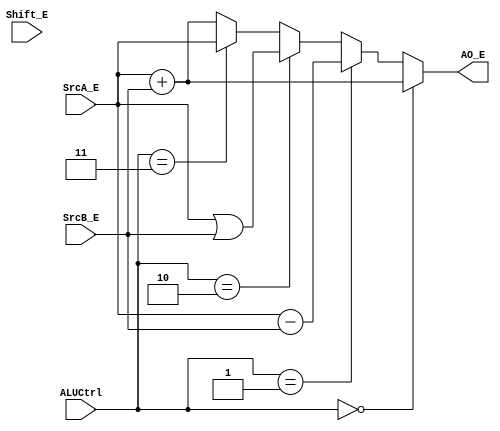
`timescale 1ns / 1ps
//////////////////////////////////////////////////////////////////////////////////
// Company: 
// Engineer: 
// 
// Design Name: 
// Module Name:    ALU 
// Project Name: 
// Target Devices: 
// Tool versions: 
// Description: 
//
// Dependencies: 
//
// Revision: 
// Revision 0.01 - File Created
// Additional Comments: 
//
//////////////////////////////////////////////////////////////////////////////////
module ALU(
    input [31:0] SrcA_E,
    input [31:0] SrcB_E,
    input [4:0] Shift_E,
    input [3:0] ALUCtrl,
    output [31:0] AO_E
    );
	wire signed [31:0] sgnA, sgnB;	//sgnAsgnBstl
	//wire [31:0] r;
	`define ADD 0
	`define SUB 1
	`define OR  2
	`define MOVZ 3
	//`define AND 3
	//`define NOR 4
	//`define XOR 5
	//`define STL 6
	//`define STLU 7
	//`define SLL 8
	//`define SLLV 9
	//`define SRA 10
	//`define SRAV 11
	//`define SRL 12
	//`define SRLV 13
	
	assign sgnA = SrcA_E;
	assign sgnB = SrcB_E;
	assign AO_E = (ALUCtrl == `ADD)?SrcA_E + SrcB_E:
				  (ALUCtrl == `SUB)?SrcA_E - SrcB_E:
				  (ALUCtrl == `OR )?SrcA_E | SrcB_E:
				  (ALUCtrl == `MOVZ)?SrcA_E:SrcA_E + SrcB_E;
endmodule